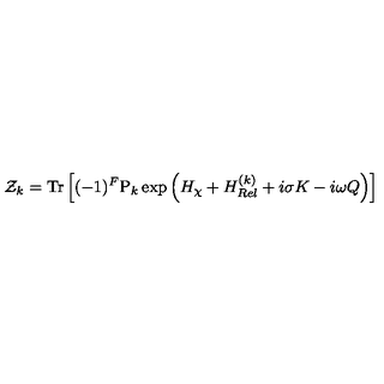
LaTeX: { \cal Z } _ { k } = \mathrm { T r } \left[ ( - 1 ) ^ { F } \mathrm { P } _ { k } \exp \left( H _ { \chi } + H _ { R e l } ^ { ( k ) } + i \sigma K - i \omega Q \right) \right]